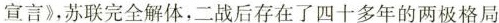
宣言》，苏联完全解体，二战后存在了四十多年的两极格局